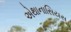
એથાનાસિયસ